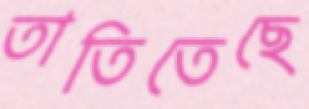
তাতিতেছে